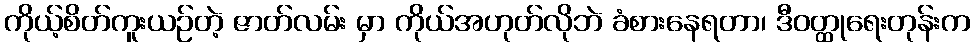
ကိုယ့်စိတ်ကူးယဉ်တဲ့ ဇာတ်လမ်း မှာ ကိုယ်အဟုတ်လိုဘဲ ခံစားနေရတာ၊ ဒီဝတ္ထုရေးတုန်းက